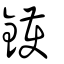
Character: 鑊